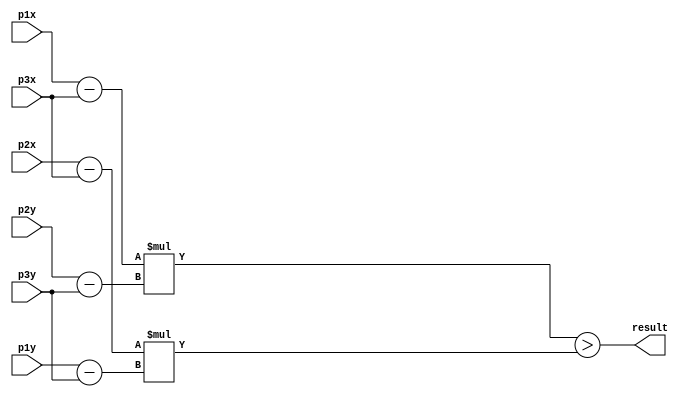
module calc(
    input [10:0] p1x,
    input [10:0] p1y,
    input [10:0] p2x,
    input [10:0] p2y,
    input [10:0] p3x,
    input [10:0] p3y,
    output result
);

//result = (((p1.x - p3.x)*(p2.y - p3.y)) - ((p2.x - p3.x)*(p1.y - p3.y)));

wire signed [11:0] s1;
wire signed [11:0] s2;
wire signed [11:0] s3;
wire signed [11:0] s4;
wire signed [23:0] m1;
wire signed [23:0] m2;

assign s1 = p1x - p3x;
assign s2 = p2y - p3y;
assign s3 = p2x - p3x;
assign s4 = p1y - p3y;
assign m1 = s1 * s2;
assign m2 = s3 * s4;
assign result = m1 > m2;

endmodule

module videoMemoy(
	input wr,
	input [10:0] pos_x,
	input [10:0] pos_y,
	input [3:0] Red_in,
	input [3:0] Green_in,
	input [3:0] Blue_in,
	output [3:0] Red_out,
	output [3:0] Green_out,
	output [3:0] Blue_out
	);

	reg [11:0] mem [640:1][480:1];
	//307200 registradores de 12 bits ordenados em 640 linhas e 480 colunas.

	always @(posedge wr) begin
		if (wr == 1) begin
			mem[pos_x][pos_y][3:0] <= Red_in;
			mem[pos_x][pos_y][7:4] <= Green_in;
			mem[pos_x][pos_y][11:8] <= Blue_in;
		end
	end

	assign Red_out = mem[pos_x][pos_y][3:0];
	assign Green_out = mem[pos_x][pos_y][7:4];
	assign Blue_out = mem[pos_x][pos_y][11:8];

endmodule

module teste1;

reg clk = 0;
reg fim = 0;
reg wr;
reg [4:0] state = 0;
reg [10:0] pos_x;
reg [10:0] pos_y;
reg [4:0] triangulo;

reg [10:0] p1x;
reg [10:0] p1y;
reg [10:0] p2x;
reg [10:0] p2y;
reg [10:0] p3x;
reg [10:0] p3y;
reg [10:0] Px;
reg [10:0] Py;


reg [3:0] Red_in;
reg [3:0] Green_in;
reg [3:0] Blue_in;

wire [3:0] Red_out;
wire [3:0] Green_out;
wire [3:0] Blue_out;

wire t1, s1, s2, s3;

videoMemoy M(wr, pos_x, pos_y, Red_in, Green_in, Blue_in, Red_out, Green_out, Blue_out);

calc S1(p1x, p1y, p2x, p2y, p3x, p3y, t1);
calc S2(p1x, p1y, p2x, p2y, Px, Py, s1);
calc S3(p2x, p2y, p3x, p3y, Px, Py, s2);
calc S4(p3x, p3y, p1x, p1y, Px, Py, s3);

always #1 clk = ~clk;
always @(posedge clk) begin
	case(state)
	0: begin
		wr <= 0;
		pos_x <= 0;
		pos_y <= 0;
		triangulo <= 0;
		state <= 1;
	end
	1: begin
		p1x <= {$random} %639;
		p2x <= {$random} %639;
		p3x <= {$random} %639;
		p1y <= {$random} %479;
		p2y <= {$random} %479;
		p3y <= {$random} %479;

		Px <= 0;
		Py <= 0;
		triangulo <= triangulo + 1;
		state <= 2;
	end
	2: begin
		if (triangulo == 5) state <= 11;
		else begin
			if(Px < 640) begin
				Px <= Px + 1;
				state <= 3;
			end
			else state <= 6;
		end
	end
	3: begin
		if(Py < 480) begin
			Py <= Py + 1;
			state <= 4;
		end
		else begin
			Py <= 0;
			state <= 2;
		end
	end
	4: begin
		pos_x <= Px;
		pos_y <= Py;
		if (((t1 == s1) && (s1 == s2) && (s2 == s3))) begin
			case(triangulo)
			1: begin
				Red_in <= 4'b1111;
				Green_in <= 4'b0000;
				Blue_in <= 4'b0000;
			end
			2: begin
				Red_in <= 4'b0000;
				Green_in <= 4'b1111;
				Blue_in <= 4'b0000;
			end
			3: begin
				Red_in <= 4'b0000;
				Green_in <= 4'b0000;
				Blue_in <= 4'b1111;
			end
			4: begin
				Red_in <= 4'b1111;
				Green_in <= 4'b1111;
				Blue_in <= 4'b1111;
			end
			endcase
		end
		else begin
			Red_in <= 4'b0000;
			Green_in <= 4'b0000;
			Blue_in <= 4'b0000;
		end
		wr <= 1;
		state <= 5;
	end
	5: begin
		wr <= 0;
		state <= 3;
	end
	6: begin
		Px <= 0;
		Py <= 0;
		state <= 7;
	end
	7: begin
		if(Px < 640) begin
			Px <= Px + 1;
			state <= 8;
		end
		else state <= 1;
	end
	8: begin
		if(Py < 480) begin
			Py <= Py + 1;
			state <= 9;
		end
		else begin
			Py <= 0;
			state <= 7;
		end
	end
	9: begin
		pos_x <= Px;
		pos_y <= Py;
		state <= 10;
	end
	10: begin
		$display("\nTriangulo%d Mem[%d][%d] = R%d G%d B%d\n", triangulo, pos_x, pos_y, Red_out, Green_out, Blue_out);
		state <= 8;
	end
	11: $finish;
	endcase
end


endmodule